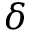
\delta